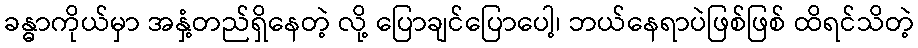
ခန္ဓာကိုယ်မှာ အနှံ့တည်ရှိနေတဲ့ လို့ ပြောချင်ပြောပေါ့၊ ဘယ်နေရာပဲဖြစ်ဖြစ် ထိရင်သိတဲ့